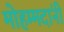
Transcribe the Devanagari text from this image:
मोहम्मदांनी